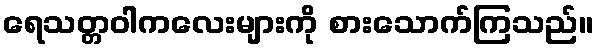
ရေသတ္တဝါကလေးများကို စားသောက်ကြသည်။